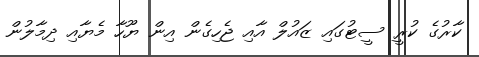
ކާރުގެ ކުރީ ސީޓުގައި ޒައުލް އާއި ޖެހިގެން އިން ޔޫހާ މެޔާއި ދިމާލުން